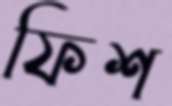
ফিশ